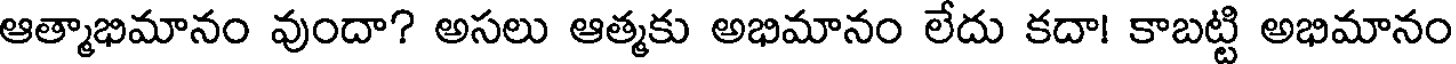
ఆత్మాభిమానం వుందా? అసలు ఆత్మకు అభిమానం లేదు కదా! కాబట్టి అభిమానం